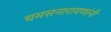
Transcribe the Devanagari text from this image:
चमसनारायणांनी